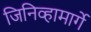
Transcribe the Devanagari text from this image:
जिनिव्हामार्गे